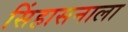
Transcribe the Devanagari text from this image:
सिंहासनाला